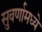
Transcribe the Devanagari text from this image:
सुवर्णामध्ये